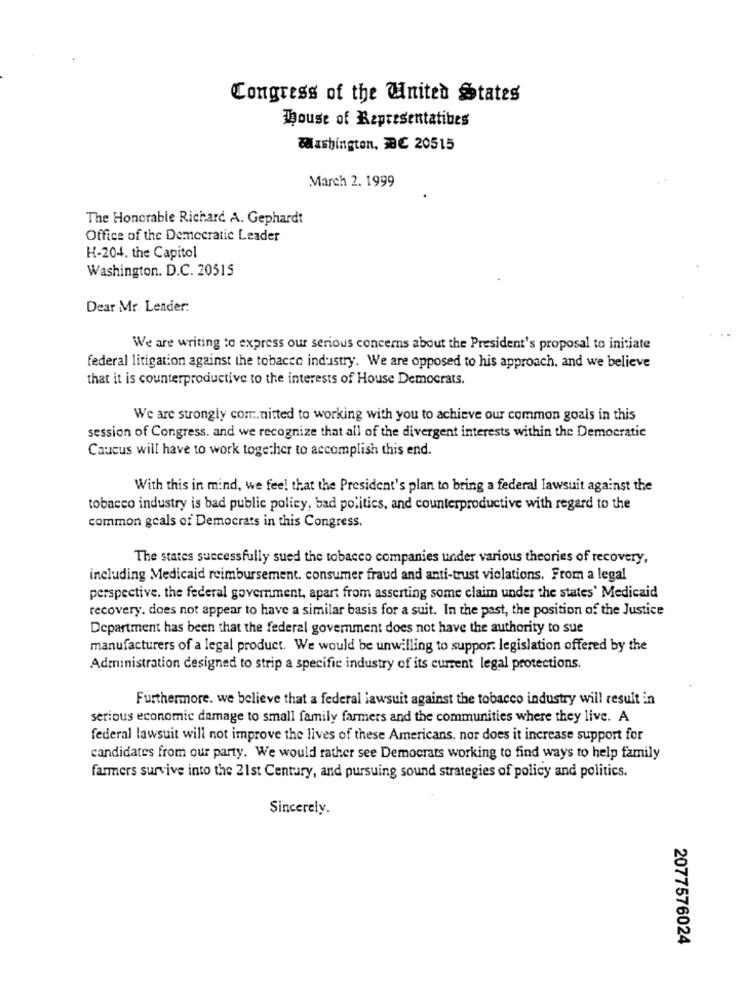
Congress of the United States
Whouse of Representatives
Washington, BC 20515
March 2. 1999
The Honorable Richard. A. Gephardt
Office of the Democratic Leader
H-204. the Capitol
Washington. D.C. 20515
Dear Mr. Leader:
We are writing to express our serious concerns about the President's proposal to initiate
federal litigation against the tobacco industry. We are opposed to his approach, and we believe
that it is counterproductive to the interests of House Democrats.
We are strongly com.nitted to working with you to achieve our common goals in this
session of Congress. and we recognize that all of the divergent interests within the Democratic
Caucus will have to work together to accomplish this end.
With this in mind, we feel that the President's plan to bring a federal lawsuit against the
tobacco industry is bad public policy, bad politics, and counterproductive with regard to the
common goals of Democrats in this Congress.
The states successfully sued the tobacco companies under various theories of recovery,
including Medicaid reimbursement. consumer fraud and anti-trust violations. From a legal
perspective. the federal government, apart from asserting some claim under the states' Medicaid
recovery. does not appear to have a similar basis for a suit. In the past, the position of the Justice
Department has been that the federal govemment does not have the authority to sue
manufacturers of a legal product. We would be unwilling to suppor: legislation offered by the
Administration designed to strip a specific industry of its current legal protections.
Furthermore. we believe that a federal lawsuit against the tobacco industry will result in
serious economic damage to small family farmers and the communities where they live. A
federal lawsuit will not improve the lives of these Americans, nor does it increase support for
candidates from our party. We would rather see Democrats working to find ways to help family
farmers survive into the 21st Century, and pursuing sound strategies of policy and politics.
Sincerely.
2077576024